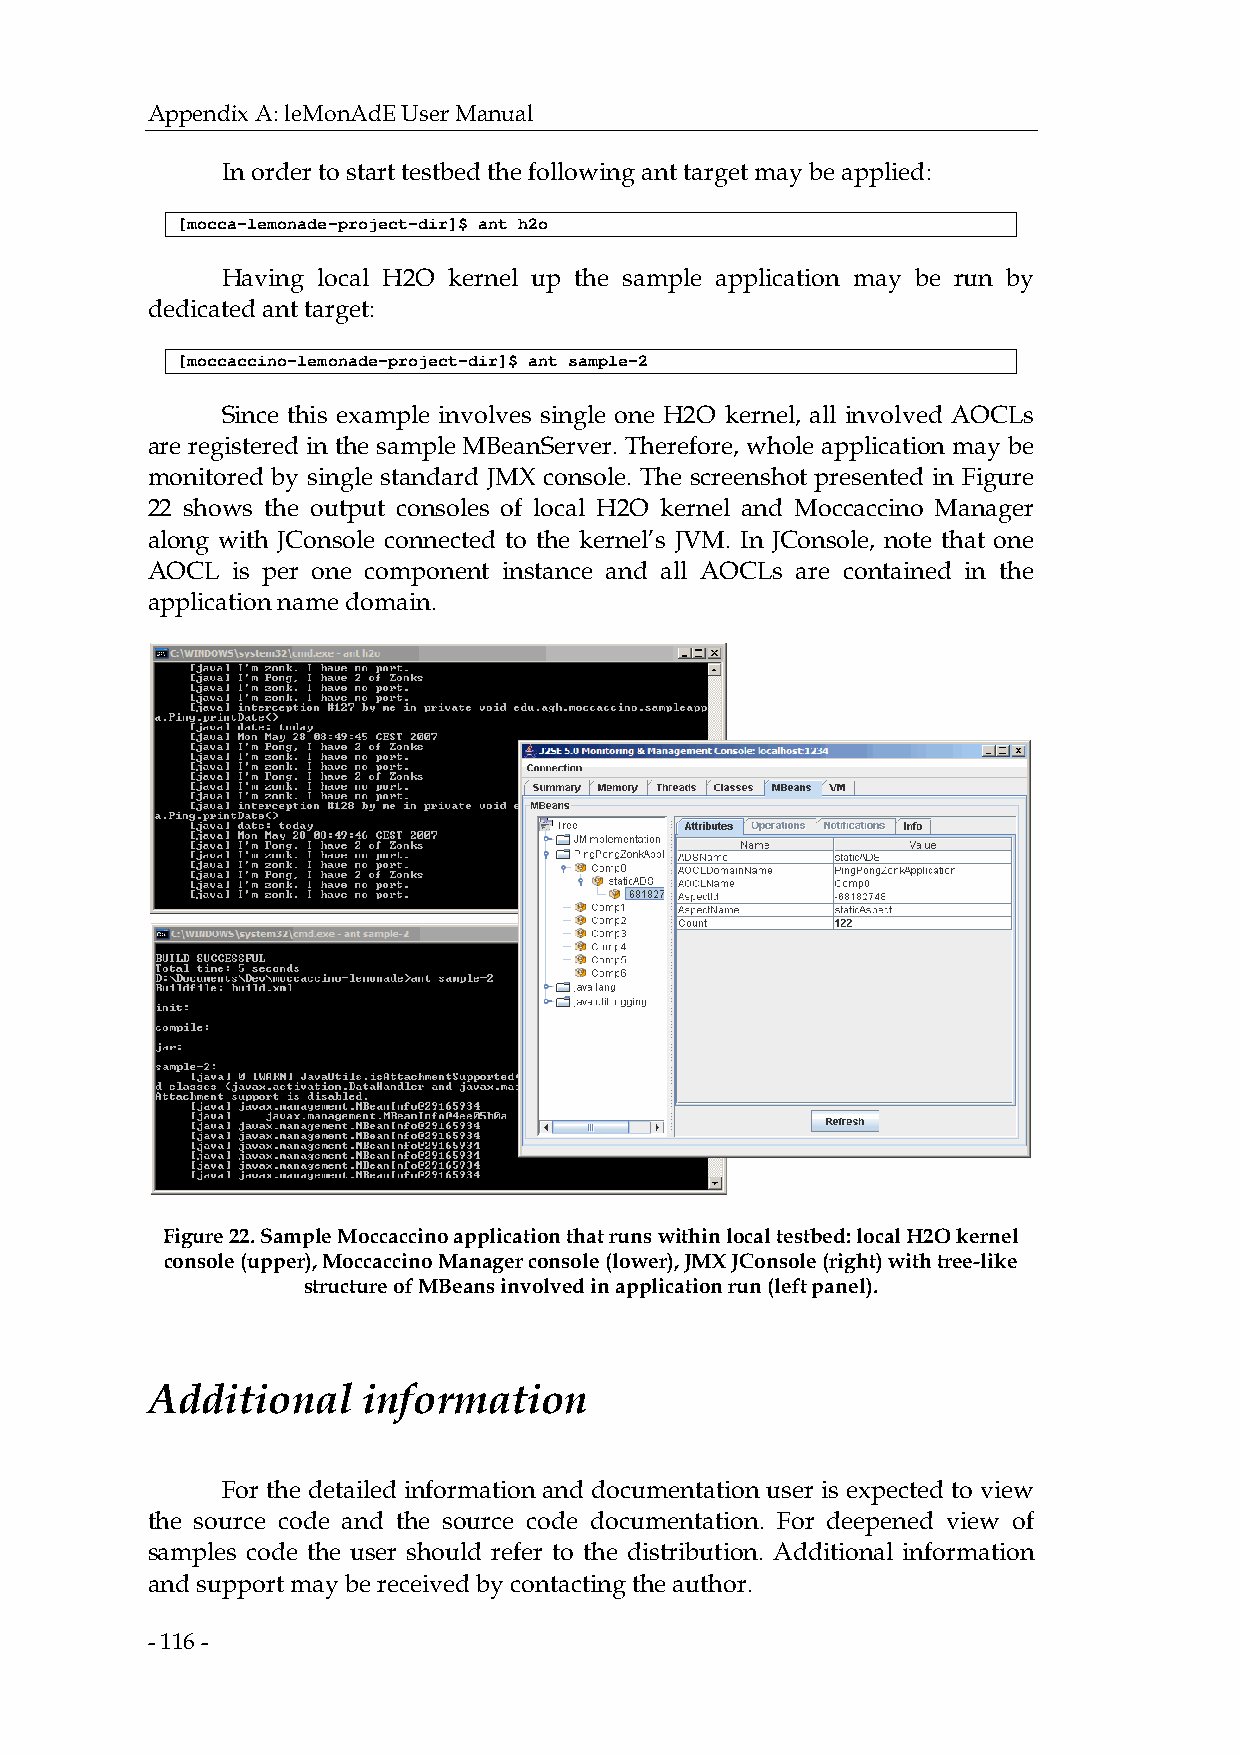
Appendix A: leMonAdE User Manual
 In order to start testbed the following ant target may be applied:
 [mocca-lemonade-project-dir]$ ant h2o
 Having local H2O kernel up the sample application may be run by
 dedicated ant target:
 [moccaccino-lemonade-project-dir]$ ant sample-2
 Since this example involves single one H2O kernel, all involved AOCLs
 are registered in the sample MBeanServer. Therefore, whole application may be
 monitored by single standard JMX console. The screenshot presented in Figure
 22 shows the output consoles of local H2O kernel and Moccaccino Manager
 along with JConsole connected to the kernel’s JVM. In JConsole, note that one
 AOCL is per one component instance and all AOCLs are contained in the
 application name domain.
 Figure 22. Sample Moccaccino application that runs within local testbed: local H2O kernel
 console (upper), Moccaccino Manager console (lower), JMX JConsole (right) with tree-like
 structure of MBeans involved in application run (left panel).
 Additional    information
 For the detailed information and documentation user is expected to view
 the source code and the source code documentation. For deepened view of
 samples code the user should refer to the distribution. Additional information
 and support may be received by contacting the author.
 - 116 -